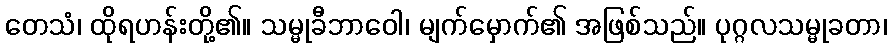
တေသံ၊ ထိုရဟန်းတို့၏။ သမ္မုခီဘာဝေါ၊ မျက်မှောက်၏ အဖြစ်သည်။ ပုဂ္ဂလသမ္မုခတာ၊